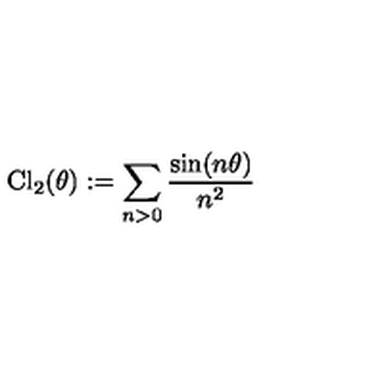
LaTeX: \mathrm { C l } _ { 2 } ( \theta ) : = \sum _ { n > 0 } \frac { \sin ( n \theta ) } { n ^ { 2 } }